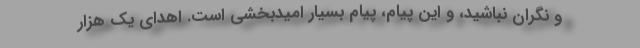
و نگران نباشید، و این پیام، پیام بسیار امیدبخشی است. اهدای یک هزار